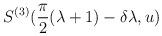
LaTeX: \begin{align*}S^{(3)}(\frac{\pi }{2}(\lambda +1)-\delta \lambda ,u)\end{align*}